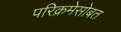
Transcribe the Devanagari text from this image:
परिक्रमेसोबत